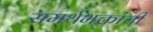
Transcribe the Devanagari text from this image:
समर्थभक्तांची